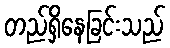
တည်ရှိနေခြင်းသည်